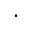
\cdot